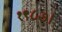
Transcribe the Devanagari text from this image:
१९८७।